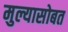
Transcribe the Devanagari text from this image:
मुल्यासोबत